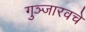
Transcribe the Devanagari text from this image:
गुञ्जारवचे